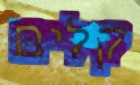
קלים